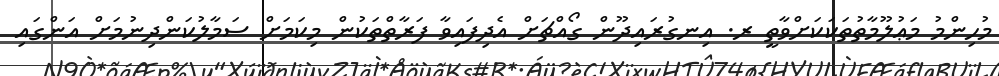
މުހިންމު މަޢުލޫމާތުތަކަކަށްވާތީ ރ. އިނގުރައިދޫން ގޯއްޗަށް އެދިފައިވާ ފަރާތްތަކުން މިކަމަށް ސަމާލުކަންދިނުމަށް އަންގައި